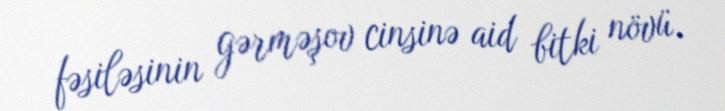
fəsiləsinin gərməşov cinsinə aid bitki növü.